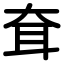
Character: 耷